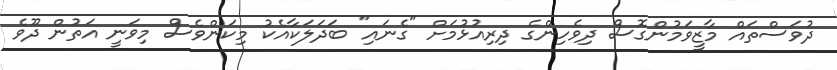
ދުވަސްތައް މާޒީވަމުންގޮސް ދިވެހިންގެ ދިރިއުޅުމަށް "ގެނައި" ބަދަލަކާއެކު މިކަންވެސް މިވަނީ އަތުން ދޫވެ